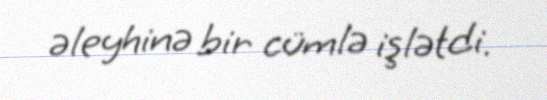
əleyhinə bir cümlə işlətdi.